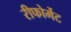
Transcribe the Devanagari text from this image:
रीफोर्मेट